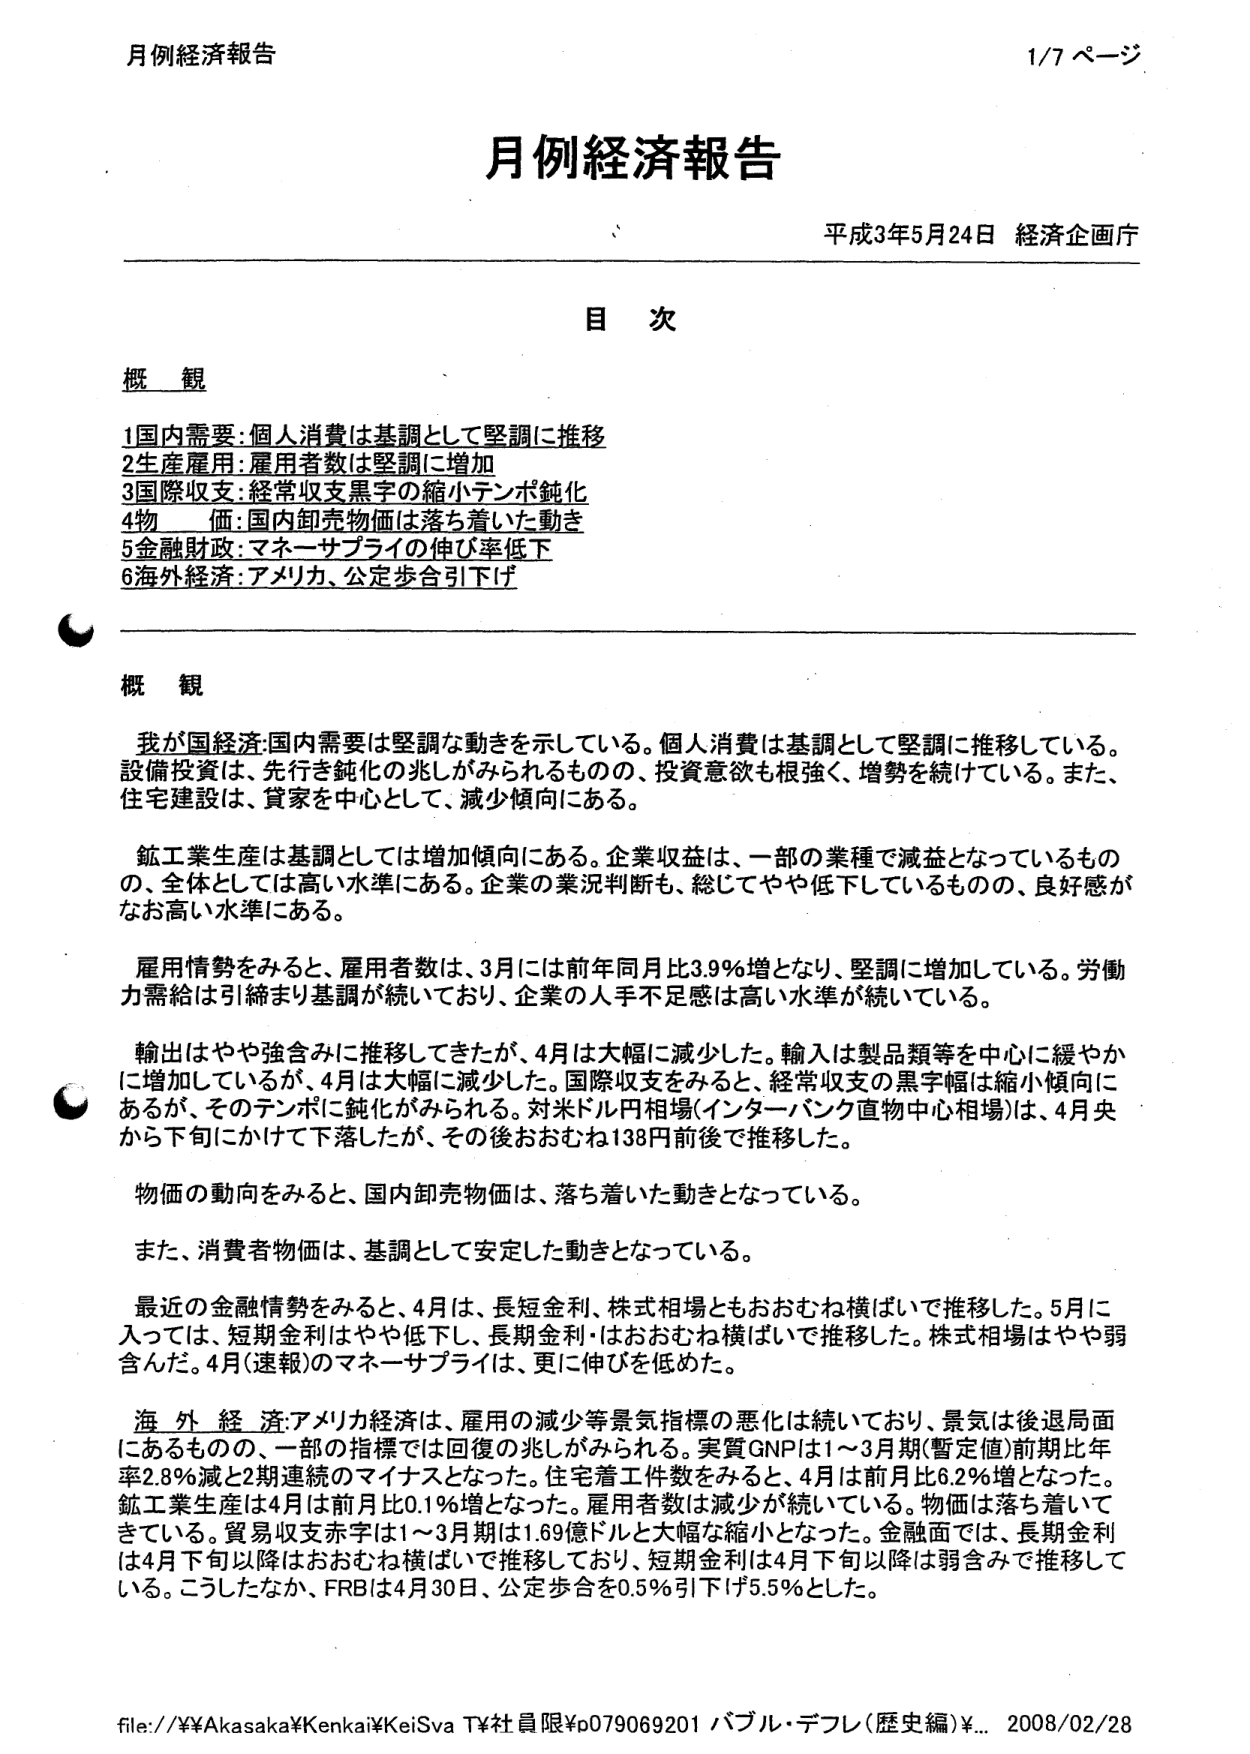
月例経済報告
1/7 ページ

月例経済報告
平成3年5月24日 経済企画庁

目 次

概 観
1国内需要:個人消費は基調として堅調に推移
2生産雇用:雇用者数は堅調に増加
3国際収支:経常収支黒字の縮小テンポ鈍化
4物 価:国内卸売物価は落ち着いた動き
5金融財政:マネーサプライの伸び率低下
6海外経済:アメリカ、公定歩合引下げ

概 観

我が国経済:国内需要は堅調な動きを示している。個人消費は基調として堅調に推移している。設備投資は、先行き鈍化の兆しがみられるものの、投資意欲も根強く、増勢を続けている。また、住宅建設は、貸家を中心として、減少傾向にある。

鉱工業生産は基調としては増加傾向にある。企業収益は、一部の業種で減益となっているものの、全体としては高い水準にある。企業の業況判断も、総じてやや低下しているものの、良好感がなお高い水準にある。

雇用情勢をみると、雇用者数は、3月には前年同月比3.9%増となり、堅調に増加している。労働力需給は引続き基調が続いており、企業の人手不足感は高い水準が続いている。

輸出はやや強含みに推移してきたが、4月は大幅に減少した。輸入は製品類等を中心に緩やかに増加しているが、4月は大幅に減少した。国際収支をみると、経常収支の黒字幅は縮小傾向にあるが、そのテンポに鈍化がみられる。対米ドル円相場(インター・バンク直物中心相場)は、4月央から下旬にかけて下落したが、その後おおむね138円前後で推移した。

物価の動向をみると、国内卸売物価は、落ち着いた動きとなっている。

また、消費者物価は、基調として安定した動きとなっている。

最近の金融情勢をみると、4月は、長短金利、株式相場ともおおむね横ばいで推移した。5月に入っては、短期金利はやや低下し、長期金利・はおおむね横ばいで推移した。株式相場はやや弱含んだ。4月(速報)のマネーサプライは、更に伸びを低めた。

海外経済:アメリカ経済は、雇用の減少等景気指標の悪化は続いており、景気は後退局面にあるものの、一部の指標では回復の兆しがみられる。実質GNPは1～3月期(暫定値)前期比年率2.8%減と2期連続のマイナスとなった。住宅着工件数をみると、4月は前月比6.2%増となった。鉱工業生産は4月は前月比0.1%増となった。雇用者数は減少が続いている。物価は落ち着いてきている。貿易収支赤字は1～3月期は1.69億ドルと大幅な縮小となった。金融面では、長期金利は4月下旬以降はおおむね横ばいで推移しており、短期金利は4月下旬以降は弱含みで推移している。こうしたなか、FRBは4月30日、公定歩合を0.5%引下げ5.5%とした。

file://¥¥Akasaka¥Kenkai¥KeiSva T¥社員限¥p079069201 バブル・デフレ(歴史編)¥... 2008/02/28